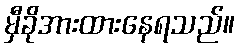
မှီခိုအားထားနေရသည်။